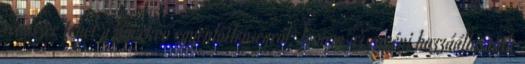
rendszer tehet a növekvő egyenlőtlenségről, hanem az egyéni hozzáállásaink